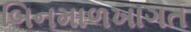
બિનમાળખાગત